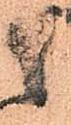
之